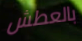
بالعطش